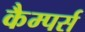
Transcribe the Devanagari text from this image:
कैम्पर्स